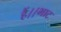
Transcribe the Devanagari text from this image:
हैं।।भाट